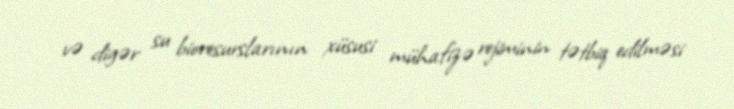
və digər su bioresurslarının xüsusi mühafizə rejiminin tətbiq edilməsi